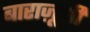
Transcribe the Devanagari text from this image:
बाराज़ूशी